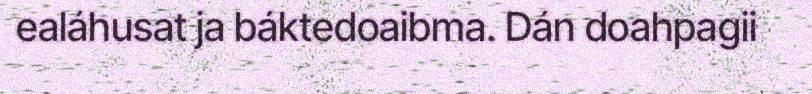
ealáhusat ja báktedoaibma. Dán doahpagii